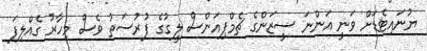
ޔުނައިޓެޑަށް ވަނީ އަންނަ ސީޒަންގެ ޗެމްޕިއަންސް ލީގުގެ ފުރުސަތު ވެސް މިހާރު ގެއްލިފަ